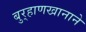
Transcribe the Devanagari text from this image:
बुर्‍हाणखानाने